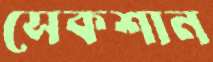
সেকশান